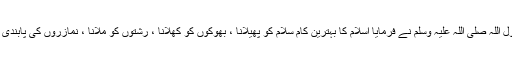
/19 جنوری ( فیاکس ) رسول اللہ صلی اللہ علیہ وسلم نے فرمایا اسلام کا بہترین کام سلام کو پھیلانا ، بھوکوں کو کھلانا ، رشتوں کو ملانا ، نمازروں کی پابندی کرنا تو جنت میں جاؤ گے ۔